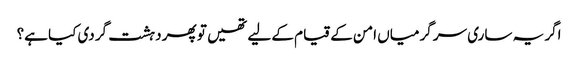
اگر یہ ساری سر گرمیاں امن کے قیام کے لیے تھیں تو پھر دہشت گردی کیا ہے؟